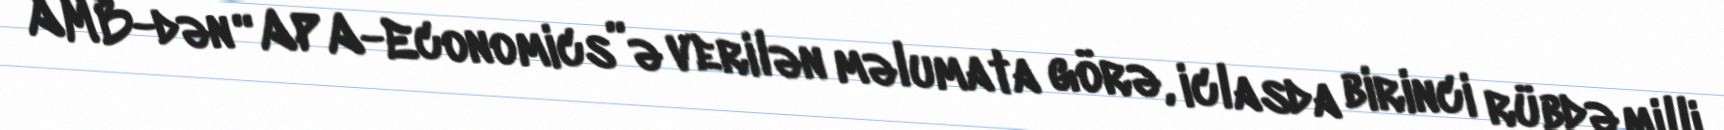
AMB-dən “APA-Economics”ə verilən məlumata görə, iclasda birinci rübdə milli